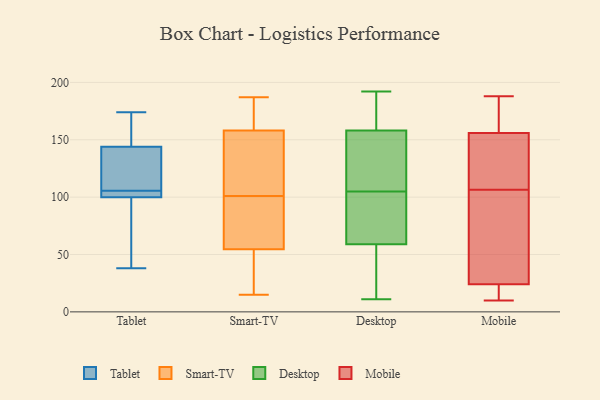
{"axis": {"x": "Latency (ms)", "y": "Value"}, "legend": ["Desktop", "Mobile", "Smart-TV", "Tablet"], "data": [{"x": "", "y": 38, "type": "Tablet"}, {"x": "", "y": 100, "type": "Tablet"}, {"x": "", "y": 108, "type": "Tablet"}, {"x": "", "y": 100, "type": "Tablet"}, {"x": "", "y": 138, "type": "Tablet"}, {"x": "", "y": 174, "type": "Tablet"}, {"x": "", "y": 144, "type": "Tablet"}, {"x": "", "y": 168, "type": "Tablet"}, {"x": "", "y": 59, "type": "Tablet"}, {"x": "", "y": 103, "type": "Tablet"}, {"x": "", "y": 158, "type": "Smart-TV"}, {"x": "", "y": 182, "type": "Smart-TV"}, {"x": "", "y": 87, "type": "Smart-TV"}, {"x": "", "y": 158, "type": "Smart-TV"}, {"x": "", "y": 187, "type": "Smart-TV"}, {"x": "", "y": 101, "type": "Smart-TV"}, {"x": "", "y": 143, "type": "Smart-TV"}, {"x": "", "y": 23, "type": "Smart-TV"}, {"x": "", "y": 62, "type": "Smart-TV"}, {"x": "", "y": 79, "type": "Smart-TV"}, {"x": "", "y": 168, "type": "Smart-TV"}, {"x": "", "y": 52, "type": "Smart-TV"}, {"x": "", "y": 78, "type": "Smart-TV"}, {"x": "", "y": 172, "type": "Smart-TV"}, {"x": "", "y": 49, "type": "Smart-TV"}, {"x": "", "y": 107, "type": "Smart-TV"}, {"x": "", "y": 15, "type": "Smart-TV"}, {"x": "", "y": 115, "type": "Smart-TV"}, {"x": "", "y": 37, "type": "Smart-TV"}, {"x": "", "y": 11, "type": "Desktop"}, {"x": "", "y": 53, "type": "Desktop"}, {"x": "", "y": 147, "type": "Desktop"}, {"x": "", "y": 122, "type": "Desktop"}, {"x": "", "y": 164, "type": "Desktop"}, {"x": "", "y": 65, "type": "Desktop"}, {"x": "", "y": 15, "type": "Desktop"}, {"x": "", "y": 85, "type": "Desktop"}, {"x": "", "y": 150, "type": "Desktop"}, {"x": "", "y": 109, "type": "Desktop"}, {"x": "", "y": 192, "type": "Desktop"}, {"x": "", "y": 101, "type": "Desktop"}, {"x": "", "y": 36, "type": "Desktop"}, {"x": "", "y": 87, "type": "Desktop"}, {"x": "", "y": 181, "type": "Desktop"}, {"x": "", "y": 59, "type": "Desktop"}, {"x": "", "y": 163, "type": "Desktop"}, {"x": "", "y": 158, "type": "Desktop"}, {"x": "", "y": 10, "type": "Mobile"}, {"x": "", "y": 46, "type": "Mobile"}, {"x": "", "y": 128, "type": "Mobile"}, {"x": "", "y": 24, "type": "Mobile"}, {"x": "", "y": 85, "type": "Mobile"}, {"x": "", "y": 15, "type": "Mobile"}, {"x": "", "y": 188, "type": "Mobile"}, {"x": "", "y": 72, "type": "Mobile"}, {"x": "", "y": 186, "type": "Mobile"}, {"x": "", "y": 17, "type": "Mobile"}, {"x": "", "y": 156, "type": "Mobile"}, {"x": "", "y": 131, "type": "Mobile"}, {"x": "", "y": 137, "type": "Mobile"}, {"x": "", "y": 183, "type": "Mobile"}]}